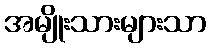
အမျိုးသားများသာ